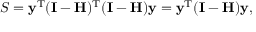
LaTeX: S = \mathbf { y } ^ { \mathrm { { T } } } ( \mathbf { I } - \mathbf { H } ) ^ { \mathrm { { T } } } ( \mathbf { I } - \mathbf { H } ) \mathbf { y } = \mathbf { y } ^ { \mathrm { { T } } } ( \mathbf { I } - \mathbf { H } ) \mathbf { y } ,